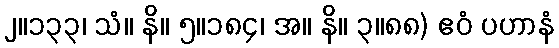
၂။၁၃၃၊ သံ။ နိ။ ၅။၁၈၄၊ အ။ နိ။ ၃။၈၈) ဧဝံ ပဟာနံ